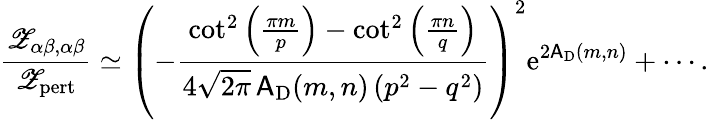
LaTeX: \frac{{\mathscr Z}_{\alpha\beta,\alpha\beta}}{{\mathscr Z}_{\mathrm{pert}}}\simeq\left(-\frac{\cot^{2}\left(\frac{\pi m}{p}\right)-\cot^{2}\left(\frac{\pi n}{q}\right)}{4\sqrt{2\pi}\, \mathsf{A}_{\mathrm{D}}(m,n)\left(p^{2}-q^{2}\right)}\right)^{2}{\mathrm{e}}^{2\mathsf{A}_{\mathrm{D}}(m,n)}+\cdots.